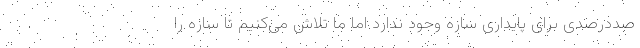
صددرصدی برای پایداری سازه وجود ندارد اما ما تلاش می‌کنیم تا سازه را